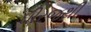
ઘીરજથી